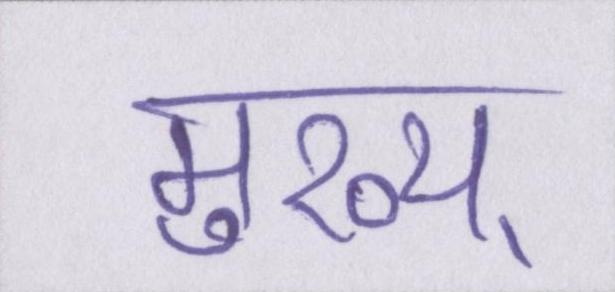
मुख्य्